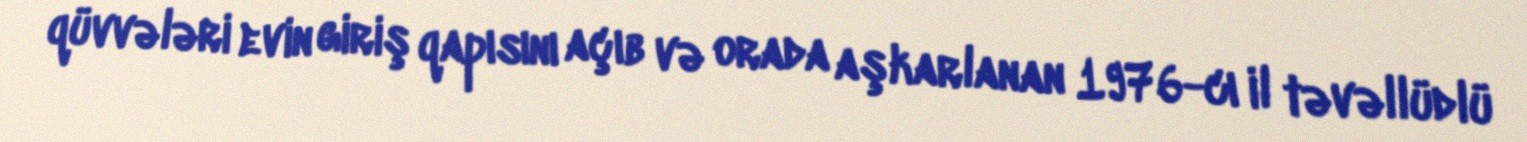
qüvvələri evin giriş qapısını açıb və orada aşkarlanan 1976-cı il təvəllüdlü